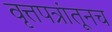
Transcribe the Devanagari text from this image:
वृत्तपत्रांतूनच